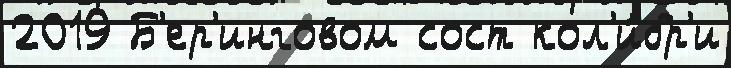
2019 Б'ер'инговом сост кол'и́бр'и